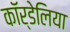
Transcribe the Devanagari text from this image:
कॉर्डेलिया